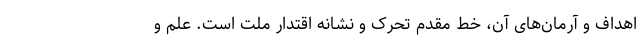
اهداف و آرمان‌های آن، خط مقدم تحرک و نشانه اقتدار ملت است. علم و